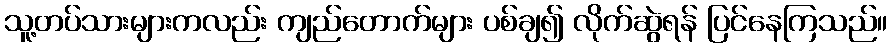
သူ့တပ်သားများကလည်း ကျည်တောက်များ ပစ်ချ၍ လိုက်ဆွဲရန် ပြင်နေကြသည်။